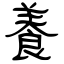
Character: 養